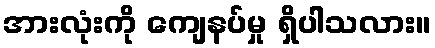
အားလုံးကို ကျေနပ်မှု ရှိပါသလား။